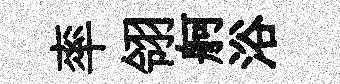
率翎舸浴